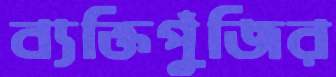
ব্যক্তিপুঁজির